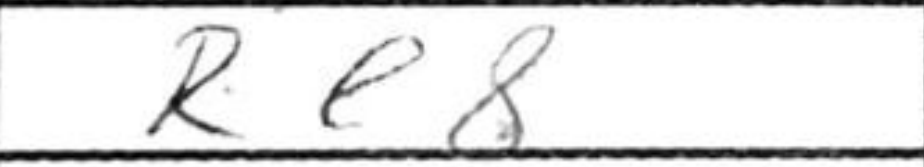
Transcription: Re8